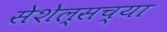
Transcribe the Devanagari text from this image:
सेशेल्सच्या